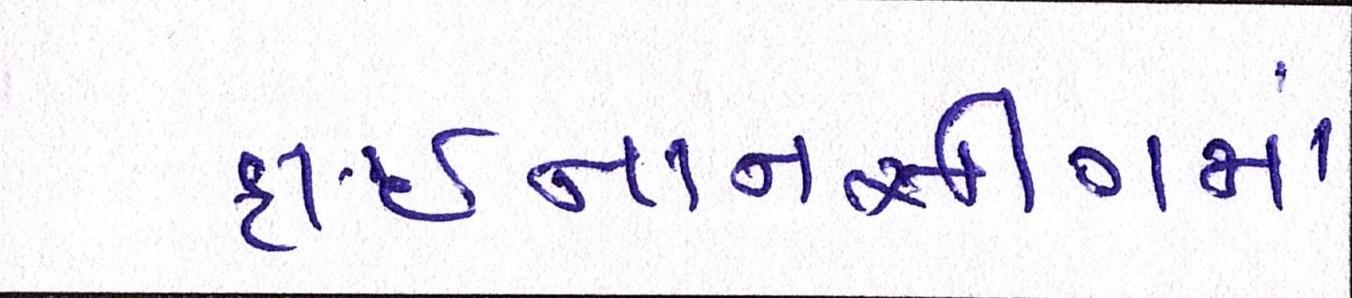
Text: ફાઈનાનસીંગમાં